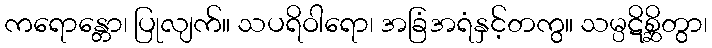
ကရောန္တော၊ ပြုလျက်။ သပရိဝါရော၊ အခြံအရံနှင့်တကွ။ သမ္ပဋိစ္ဆိတွာ၊